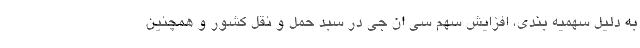
به دلیل سهمیه بندی، افزایش سهم سی ان جی در سبد حمل و نقل کشور و همچنین